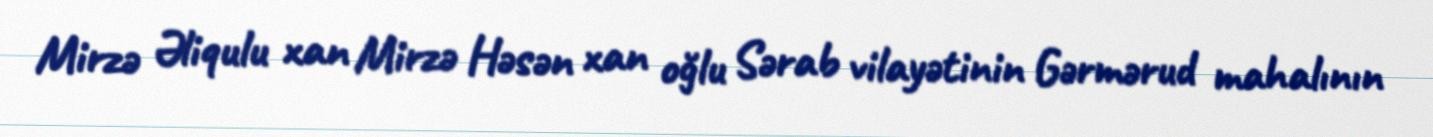
Mirzə Əliqulu xan Mirzə Həsən xan oğlu Sərab vilayətinin Gərmərud mahalının